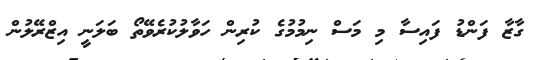
ގާޒާ ފަންޑު ފައިސާ މި މަސް ނިމުމުގެ ކުރިން ހަވާލުކުރެވޭތޯ ބަލަނީ އިޒްރޭލުން